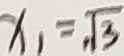
x _ { 1 } = \sqrt { 3 }